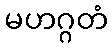
မဟဂ္ဂတံ